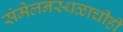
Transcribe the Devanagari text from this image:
संमेलनस्थळाचीही